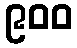
၉၀၀